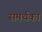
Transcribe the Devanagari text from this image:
समर्थकां